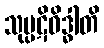
သုပ္ပဋိဝိဒ္ဓါတိ